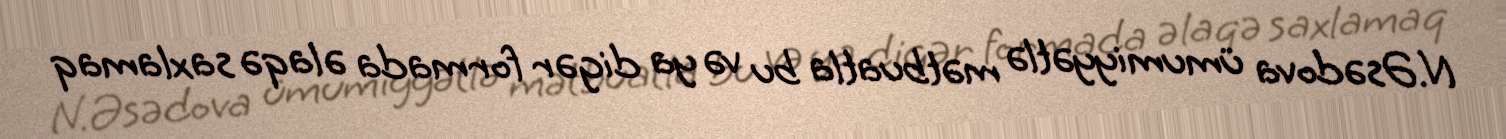
N.Əsədova ümumiyyətlə mətbuatla bu və ya digər formada əlaqə saxlamaq